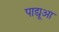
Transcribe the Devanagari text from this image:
पाद्यूआ